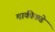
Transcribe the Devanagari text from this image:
बाकीकडे